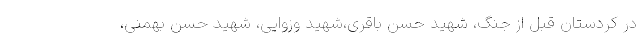
در کردستان قبل از جنگ، شهید حسن باقری،شهید وزوایی، شهید حسن بهمنی،